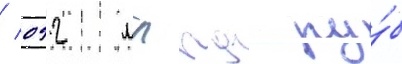
/ 092 млрд ру́б